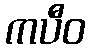
ကပီဝ